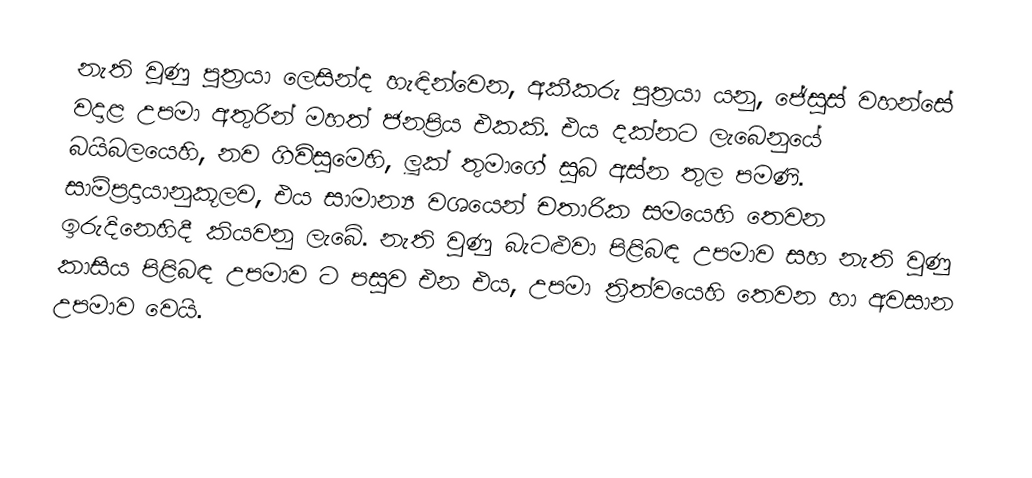
නැති වූණු පුත්‍රයා ලෙසින්ද හැඳින්වෙන, අකීකරු පුත්‍රයා යනු,  ජේසුස් වහන්සේ වදාළ උපමා අතුරින් මහත් ජනප්‍රිය එකකි.  එය දක්නට ලැබෙනුයේ බයිබලයෙහි, නව ගිවිසුමෙහි, ලූක් තුමාගේ සුබ අස්න තුල පමණි.  සාම්ප්‍රදායානුකූලව, එය සාමාන්‍ය වශයෙන් චතාරික සමයෙහි තෙවන ඉරුදිනෙහිදී කියවනු ලැබේ. නැති වුණු බැටළුවා පිළිබඳ උපමාව සහ නැති වුණු කාසිය පිළිබඳ උපමාව ට පසුව එන එය, උපමා ත්‍රිත්වයෙහි තෙවන හා අවසාන උපමාව වෙයි.